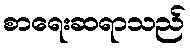
စာရေးဆရာသည်